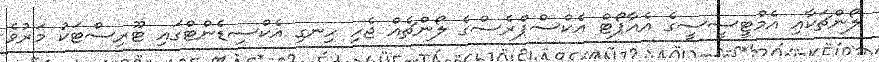
ލޯންޗަކާއި އެމްޓީސީސީގެ އެއާޕޯޓް އެކްސްޕްރެސްގެ ލޯންޗެއް ޖެހި ހިނގި އެކްސިޑެންޓްގައި ޓޫރިސްޓަކު މަރުވެ